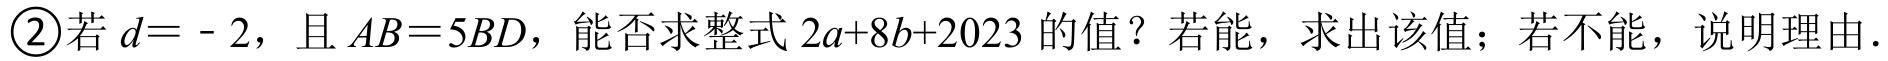
\textcircled{2}若\(d = - 2\)，且\(AB = 5BD\)，能否求整式\(2a + 8b + 2023\)的值？若能，求出该值；若不能，说明理由.